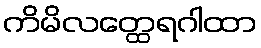
ကိမိလတ္ထေရဂါထာ